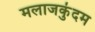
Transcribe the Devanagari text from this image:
मलाजकुंदम